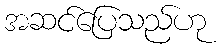
အဆင်ပြေသည်ဟု